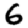
Digit: 6